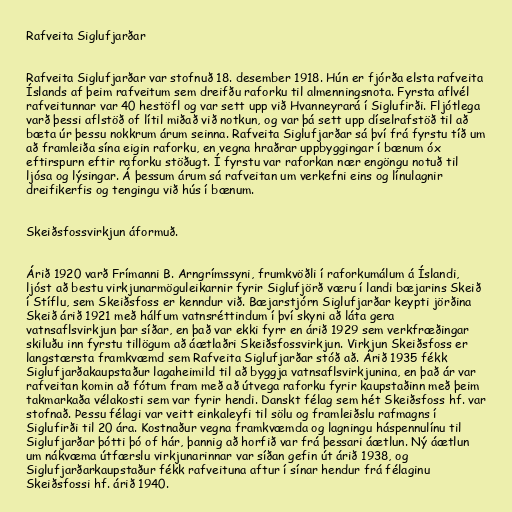
Rafveita Siglufjarðar

Rafveita Siglufjarðar var stofnuð 18. desember 1918. Hún er fjórða elsta rafveita
Íslands af þeim rafveitum sem dreifðu raforku til almenningsnota. Fyrsta aflvél
rafveitunnar var 40 hestöfl og var sett upp við Hvanneyrará í Siglufirði. Fljótlega
varð þessi aflstöð of lítil miðað við notkun, og var þá sett upp díselrafstöð til að
bæta úr þessu nokkrum árum seinna. Rafveita Siglufjarðar sá því frá fyrstu tíð um
að framleiða sína eigin raforku, en vegna hraðrar uppbyggingar í bænum óx
eftirspurn eftir raforku stöðugt. Í fyrstu var raforkan nær engöngu notuð til
ljósa og lýsingar. Á þessum árum sá rafveitan um verkefni eins og línulagnir
dreifikerfis og tengingu við hús í bænum.

Skeiðsfossvirkjun áformuð.

Árið 1920 varð Frímanni B. Arngrímssyni, frumkvöðli í raforkumálum á Íslandi,
ljóst að bestu virkjunarmöguleikarnir fyrir Siglufjörð væru í landi bæjarins Skeið
í Stíflu, sem Skeiðsfoss er kenndur við. Bæjarstjórn Siglufjarðar keypti jörðina
Skeið árið 1921 með hálfum vatnsréttindum í því skyni að láta gera
vatnsaflsvirkjun þar síðar, en það var ekki fyrr en árið 1929 sem verkfræðingar
skiluðu inn fyrstu tillögum að áætlaðri Skeiðsfossvirkjun. Virkjun Skeiðsfoss er
langstærsta framkvæmd sem Rafveita Siglufjarðar stóð að. Árið 1935 fékk
Siglufjarðakaupstaður lagaheimild til að byggja vatnsaflsvirkjunina, en það ár var
rafveitan komin að fótum fram með að útvega raforku fyrir kaupstaðinn með þeim
takmarkaða vélakosti sem var fyrir hendi. Danskt félag sem hét Skeiðsfoss hf. var
stofnað. Þessu félagi var veitt einkaleyfi til sölu og framleiðslu rafmagns í
Siglufirði til 20 ára. Kostnaður vegna framkvæmda og lagningu háspennulínu til
Siglufjarðar þótti þó of hár, þannig að horfið var frá þessari áætlun. Ný áætlun
um nákvæma útfærslu virkjunarinnar var síðan gefin út árið 1938, og
Siglufjarðarkaupstaður fékk rafveituna aftur í sínar hendur frá félaginu
Skeiðsfossi hf. árið 1940.